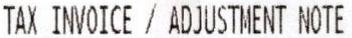
TAX INVOICE / ADJUSTMENT NOTE